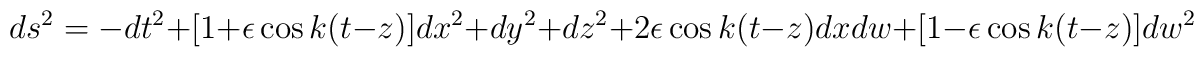
ds^2=-dt^2+[1+\epsilon\cos k(t-z)]dx^2+dy^2+dz^2+2\epsilon\cos k(t-z)dxdw+[1-\epsilon\cos k(t-z)]dw^2